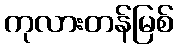
ကုလားတန်မြစ်